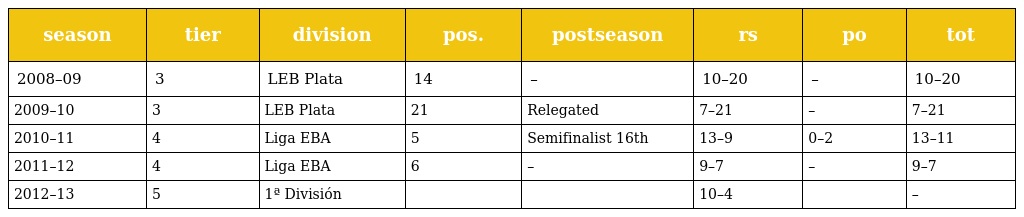
| season | tier | division | pos. | postseason | rs | po | tot |
 | --- | --- | --- | --- | --- | --- | --- | --- |
 | 2008–09 | 3 | LEB Plata | 14 | – | 10–20 | – | 10–20 |
 | 2009–10 | 3 | LEB Plata | 21 | Relegated | 7–21 | – | 7–21 |
 | 2010–11 | 4 | Liga EBA | 5 | Semifinalist 16th | 13–9 | 0–2 | 13–11 |
 | 2011–12 | 4 | Liga EBA | 6 | – | 9–7 | – | 9–7 |
 | 2012–13 | 5 | 1ª División |  |  | 10–4 |  | – |